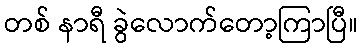
တစ် နာရီ ခွဲလောက်တော့ကြာပြီ။